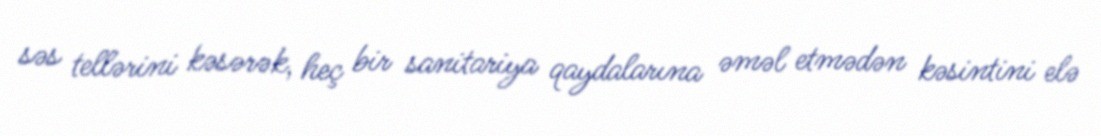
səs tellərini kəsərək, heç bir sanitariya qaydalarına əməl etmədən kəsintini elə